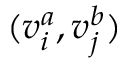
( v _ { i } ^ { a } , v _ { j } ^ { b } )